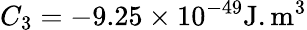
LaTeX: C_{3}=-9.25\times 10^{-49}\mathrm{J.m^{3}}